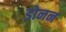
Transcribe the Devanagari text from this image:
डोनन